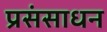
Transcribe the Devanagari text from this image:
प्रसंसाधन